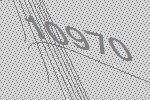
10970